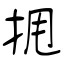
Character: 𫝺